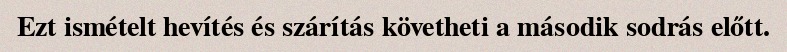
Ezt ismételt hevítés és szárítás követheti a második sodrás előtt.